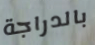
بالدراجة